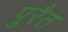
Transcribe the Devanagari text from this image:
पुरैत